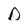
Character: D